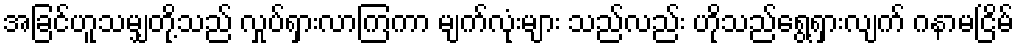
အခြင်ဟူသမျှတို့သည် လှုပ်ရှားလာကြကာ မျက်လုံးများ သည်လည်း ဟိုသည်ရွေ့ရှားလျက် ဂနာမငြိမ်